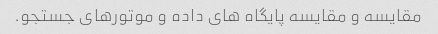
مقایسه و مقایسه پایگاه های داده و موتورهای جستجو.